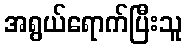
အရွယ်ရောက်ပြီးသူ